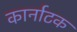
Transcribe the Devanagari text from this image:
कार्नाटक